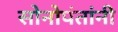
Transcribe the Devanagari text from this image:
सोनोपंतांनी